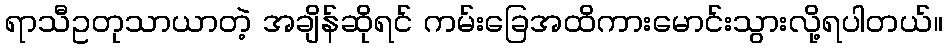
ရာသီဥတုသာယာတဲ့ အချိန်ဆိုရင် ကမ်းခြေအထိကားမောင်းသွားလို့ရပါတယ်။